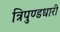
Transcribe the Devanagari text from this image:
त्रिपुण्डधारी